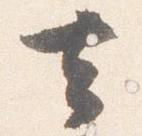
去